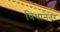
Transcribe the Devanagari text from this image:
विधानेतर